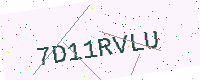
Text: 7D11RVLU